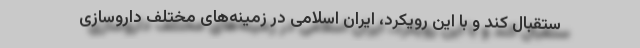
ستقبال کند و با این رویکرد، ایران اسلامی در زمینه‌‌های مختلف داروسازی